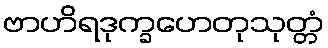
ဗာဟိရဒုက္ခဟေတုသုတ္တံ